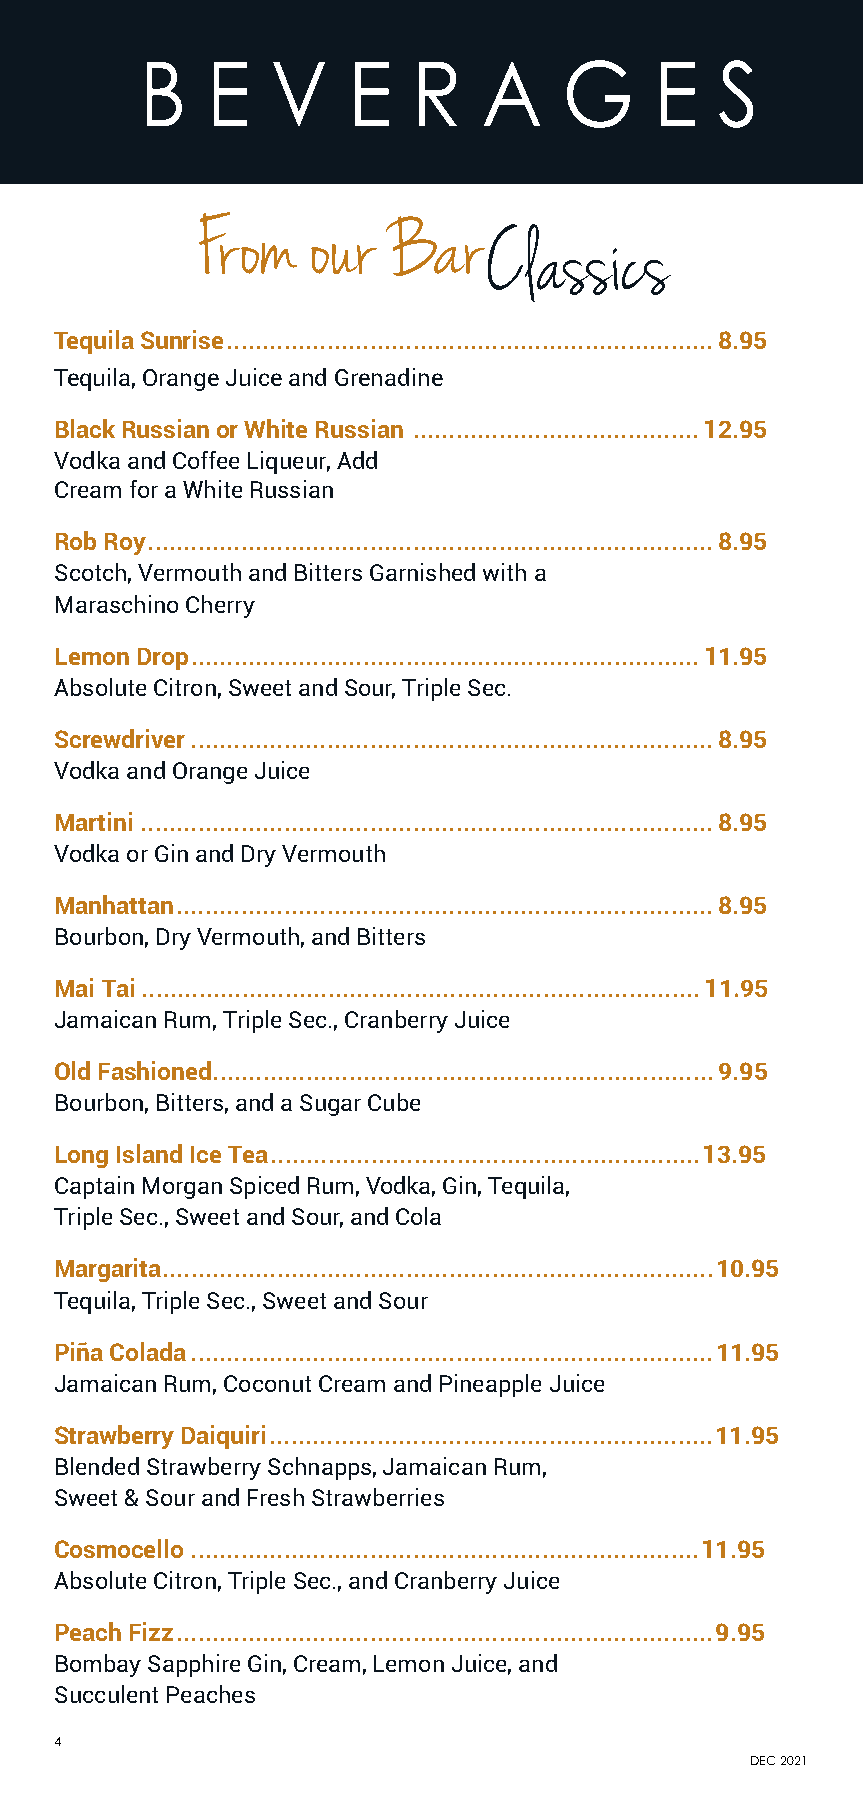
B    E   V    E   R    A    G     E   S
 From    our  Bar
 C  lassics
 Tequila Sunrise ....................................................................8.95
 Tequila, Orange Juice and Grenadine
 Black Russian or White Russian ........................................ 12.95
 Vodka and Coffee Liqueur, Add
 Cream for a White Russian
 Rob Roy ...............................................................................8.95
 Scotch, Vermouth and Bitters Garnished with a
 Maraschino Cherry
 Lemon Drop ....................................................................... 11.95
 Absolute Citron, Sweet and Sour, Triple Sec.
 Screwdriver .........................................................................8.95
 Vodka and Orange Juice
 Martini ................................................................................8.95
 Vodka or Gin and Dry Vermouth
 Manhattan ...........................................................................8.95
 Bourbon, Dry Vermouth, and Bitters
 Mai Tai .............................................................................. 11.95
 Jamaican Rum, Triple Sec., Cranberry Juice
 Old Fashioned...................................................................... 9.95
 Bourbon, Bitters, and a Sugar Cube
 Long Island Ice Tea ............................................................13.95
 Captain Morgan Spiced Rum, Vodka, Gin, Tequila,
 Triple Sec., Sweet and Sour, and Cola
 Margarita .............................................................................10.95
 Tequila, Triple Sec., Sweet and Sour
 Piña Colada .........................................................................11.95
 Jamaican Rum, Coconut Cream and Pineapple Juice
 Strawberry Daiquiri ..............................................................11.95
 Blended Strawberry Schnapps, Jamaican Rum,
 Sweet & Sour and Fresh Strawberries
 Cosmocello .......................................................................11.95
 Absolute Citron, Triple Sec., and Cranberry Juice
 Peach Fizz ...........................................................................9.95
 Bombay Sapphire Gin, Cream, Lemon Juice, and
 Succulent Peaches
 4
 DEC 2021